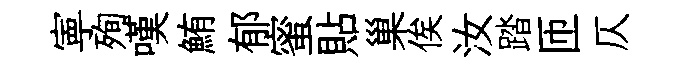
寕殉嘆鮪郁蜜貼巢俟汝踏匝仄